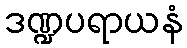
ဒဏ္ဍပရာယနံ